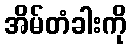
အိမ်တံခါးကို